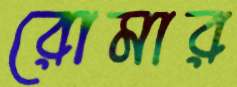
রোমার